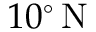
1 0 ^ { \circ } \, \mathrm { N }